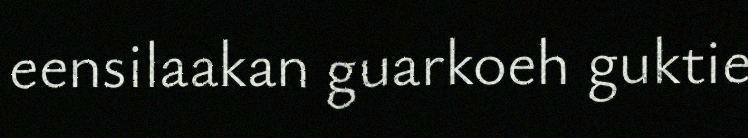
eensilaakan guarkoeh guktie